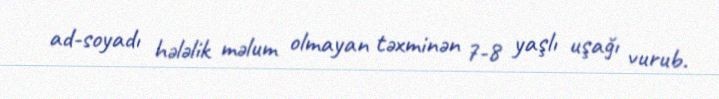
ad-soyadı hələlik məlum olmayan təxminən 7-8 yaşlı uşağı vurub.